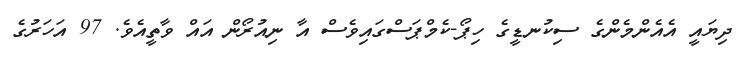
ދިޔައީ އެއެންމެންގެ ސިކުނޑީގެ ހިޕޯ-ކެމްޕަސްގައިވެސް އާ ނިއުރޯން އައް ވާތީއެވެ. 97 އަހަރުގެ